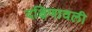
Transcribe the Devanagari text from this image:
दक्षिणावली